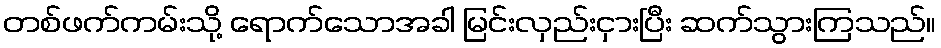
တစ်ဖက်ကမ်းသို့ ရောက်သောအခါ မြင်းလှည်းငှားပြီး ဆက်သွားကြသည်။